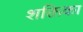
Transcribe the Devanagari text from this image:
शक्तिका